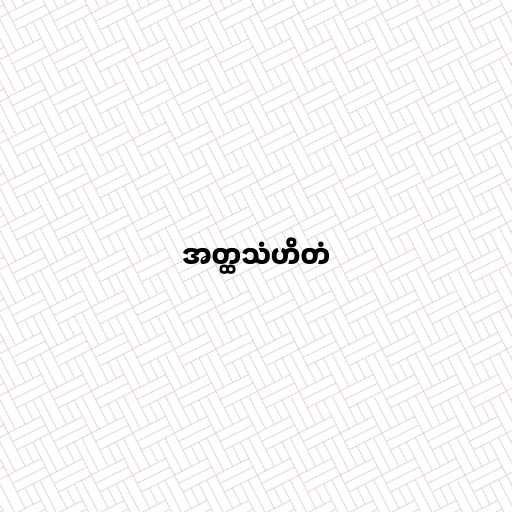
အတ္ထသံဟိတံ